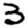
Digit: 3